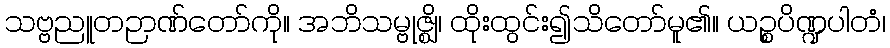
သဗ္ဗညူတဉာဏ်တော်ကို။ အဘိသမ္ဗုဇ္ဈိ၊ ထိုးထွင်း၍သိတော်မူ၏။ ယဉ္စပိဏ္ဍပါတံ၊